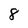
Character: 8